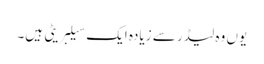
یوں وہ لیڈر سے زیادہ ایک سیلبریٹی ہیں۔